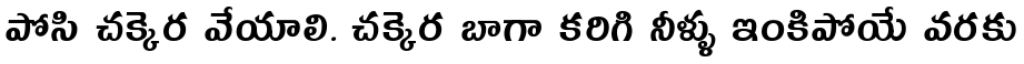
పోసి చక్కెర వేయాలి. చక్కెర బాగా కరిగి నీళ్ళు ఇంకిపోయే వరకు